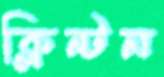
ক্লিন্টন